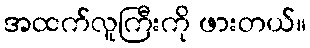
အထက်လူကြီးကို ဖားတယ်။